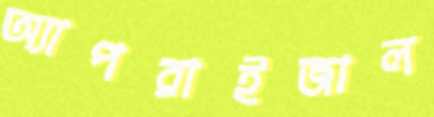
অ্যাপরাইজাল